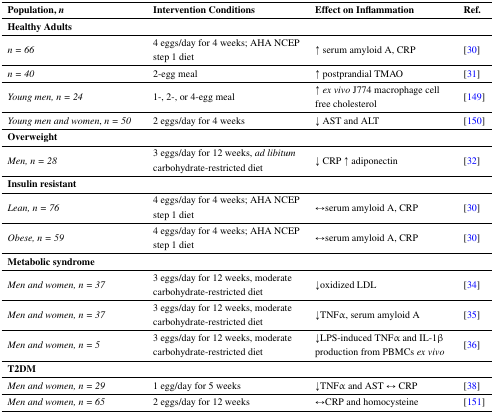
<table><thead><tr><td><b>Population,<i>n</i></b></td><td><b>Intervention Conditions</b></td><td><b>Effect on Inflammation</b></td><td><b>Ref.</b></td></tr></thead><tbody><tr><td><b>Healthy Adults</b></td><td></td><td></td><td></td></tr><tr><td><i>n = 66</i></td><td>4 eggs/day for 4 weeks; AHA NCEP step 1 diet</td><td>↑ serum amyloid A, CRP</td><td>[30]</td></tr><tr><td><i>n = 40</i></td><td>2-egg meal</td><td>↑ postprandial TMAO</td><td>[31]</td></tr><tr><td><i>Young men, n = 24</i></td><td>1-, 2-, or 4-egg meal</td><td>↑ <i>ex vivo</i> J774 macrophage cell free cholesterol</td><td>[149]</td></tr><tr><td><i>Young men and women</i>, <i>n = 50</i></td><td>2 eggs/day for 4 weeks</td><td>↓ AST and ALT </td><td>[150] </td></tr><tr><td><b>Overweight</b></td><td></td><td></td><td></td></tr><tr><td><i>Men, n = 28</i></td><td>3 eggs/day for 12 weeks,<i>ad libitum</i> carbohydrate-restricted diet </td><td>↓ CRP ↑ adiponectin </td><td>[32]</td></tr><tr><td><b>Insulin resistant </b></td><td></td><td></td><td></td></tr><tr><td><i>Lean, n = 76</i></td><td>4 eggs/day for 4 weeks; AHA NCEP step 1 diet</td><td>↔serum amyloid A, CRP</td><td>[30]</td></tr><tr><td><i>Obese, n = 59</i></td><td>4 eggs/day for 4 weeks; AHA NCEP step 1 diet</td><td>↔serum amyloid A, CRP</td><td>[30]</td></tr><tr><td><b>Metabolic syndrome </b></td><td></td><td></td><td></td></tr><tr><td><i>Men and women, n = 37</i></td><td>3 eggs/day for 12 weeks, moderate carbohydrate-restricted diet </td><td>↓oxidized LDL</td><td>[34]</td></tr><tr><td><i>Men and women, n = 37</i></td><td>3 eggs/day for 12 weeks, moderate carbohydrate-restricted diet</td><td>↓TNFα, serum amyloid A</td><td>[35]</td></tr><tr><td><i>Men and women, n = 5</i></td><td>3 eggs/day for 12 weeks, moderate carbohydrate-restricted diet</td><td>↓LPS-induced TNFα and IL-1β production from PBMCs<i>ex vivo</i></td><td>[36]</td></tr><tr><td><b>T2DM</b></td><td></td><td></td><td></td></tr><tr><td><i>Men and women, n = 29</i></td><td>1 egg/day for 5 weeks </td><td>↓TNFα and AST ↔ CRP</td><td>[38]</td></tr><tr><td><i>Men and women, n = 65</i></td><td>2 eggs/day for 12 weeks</td><td>↔CRP and homocysteine</td><td>[151]</td></tr></tbody></table>